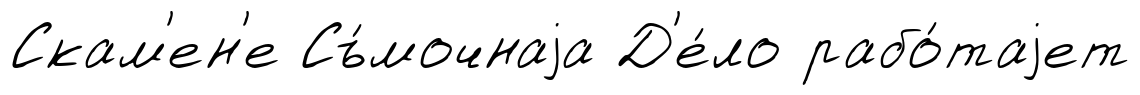
Скам'ен'е Съ́мочнаjа Д'е́ло рабо́таjет